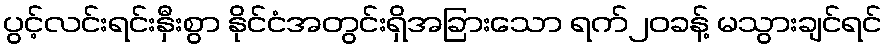
ပွင့်လင်းရင်းနှီးစွာ နိုင်ငံအတွင်းရှိအခြားသော ရက်၂၀ခန့် မသွားချင်ရင်